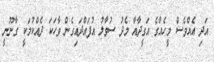
އަދި އެއްވެސް މީހެއްގެ އަގީދާއާ މެދު ސުވާލު އުފައްދައިގެން ވާހަކަ ދެއްކުމަކީ ގާނޫނީ